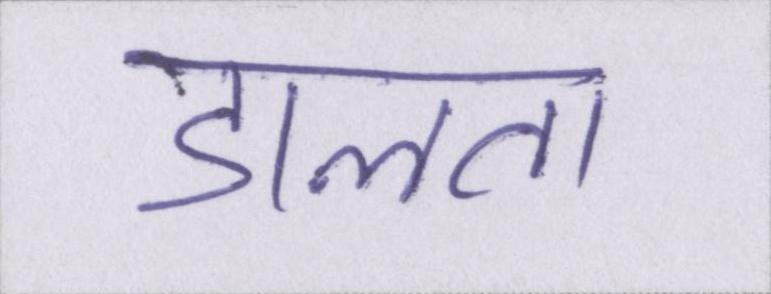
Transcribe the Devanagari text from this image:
डालता